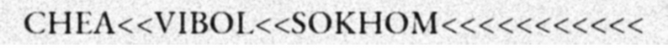
CHEA<<VIBOL<<SOKHOM<<<<<<<<<<<